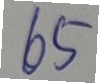
65